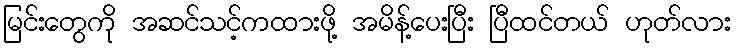
မြင်းတွေကို အဆင်သင့်ကထားဖို့ အမိန့်ပေးပြီး ပြီထင်တယ် ဟုတ်လား